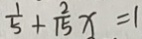
\frac { 1 } { 5 } + \frac { 2 } { 1 5 } x = 1